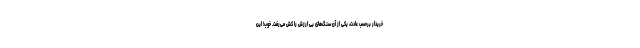
خریدار برحسب عادت، یکی از آن سنگ‌های بی ارزش را کش می‌رفت. خوب! این